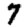
Digit: 7